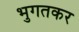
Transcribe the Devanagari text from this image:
भुगतकर